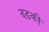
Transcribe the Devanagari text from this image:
वढकी